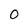
Character: 0